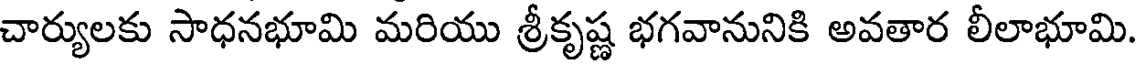
చార్యులకు సాధనభూమి మరియు శ్రీకృష్ణ భగవానునికి అవతార లీలాభూమి